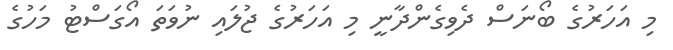
މި އަހަރުގެ ބޯނަސް ދެވިގެންދާނީ މި އަހަރުގެ ޖުލައި ނުވަތަ އޯގަސްޓު މަހުގެ